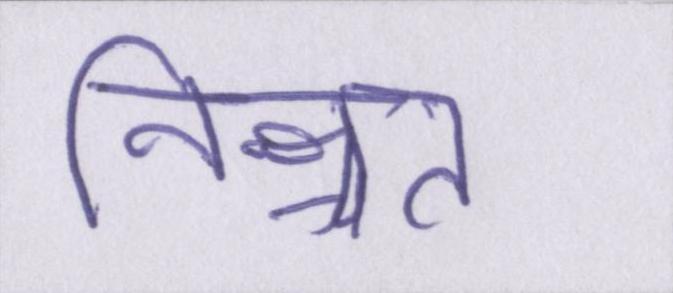
निश्चत